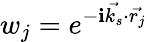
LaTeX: w_{j}=e^{-\mathbf{i}\vec{{k_{s}}}\cdot\vec{{r_{j}}}}